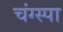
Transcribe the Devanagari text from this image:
चंग्स्पा